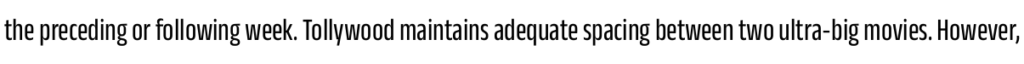
the preceding or following week. Tollywood maintains adequate spacing between two ultra-big movies. However,